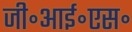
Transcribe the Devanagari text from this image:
जी॰आई॰एस॰